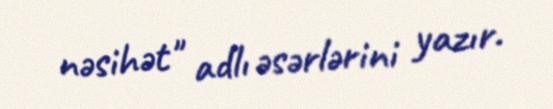
nəsihət" adlı əsərlərini yazır.